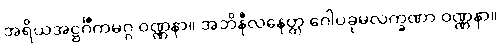
အရိယအဋ္ဌင်္ဂီကမဂ္ဂ ဝဏ္ဏနာ။ အဘိနီလနေတ္တ ဂေါပခုမလက္ခဏာ ဝဏ္ဏနာ။